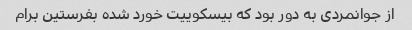
از جوانمردی به دور بود که بیسکوییت خورد شده بفرستین برام